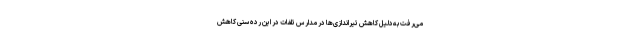
می‌رفت به‌دلیل کاهش تیراندازی‌ها در مدارس تلفات در این رده سنی کاهش